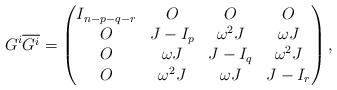
LaTeX: \begin{align*} G^i \overline{G^i} = \begin{pmatrix} I_{n-p-q-r} & O & O & O \\ O & J-I_p & \omega^2 J & \omega J \\ O & \omega J & J-I_q & \omega^2 J \\ O & \omega^2 J & \omega J & J-I_r \\ \end{pmatrix}, \end{align*}